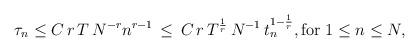
LaTeX: \begin{align*}\tau_n \le C \, r \, T \, N^{-r} n^{r-1} \, \le \, C \, r \, T^{\frac{1}{r}} \, N^{-1} \, t_n^{1 - \frac{1}{r}}, \mbox{for} \; 1 \le n \le N, \\\end{align*}